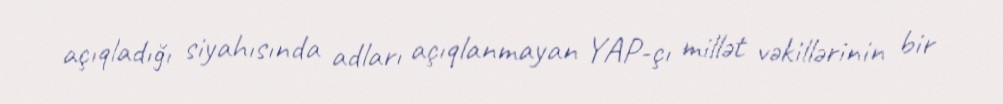
açıqladığı siyahısında adları açıqlanmayan YAP-çı millət vəkillərinin bir